Indian Medical Review
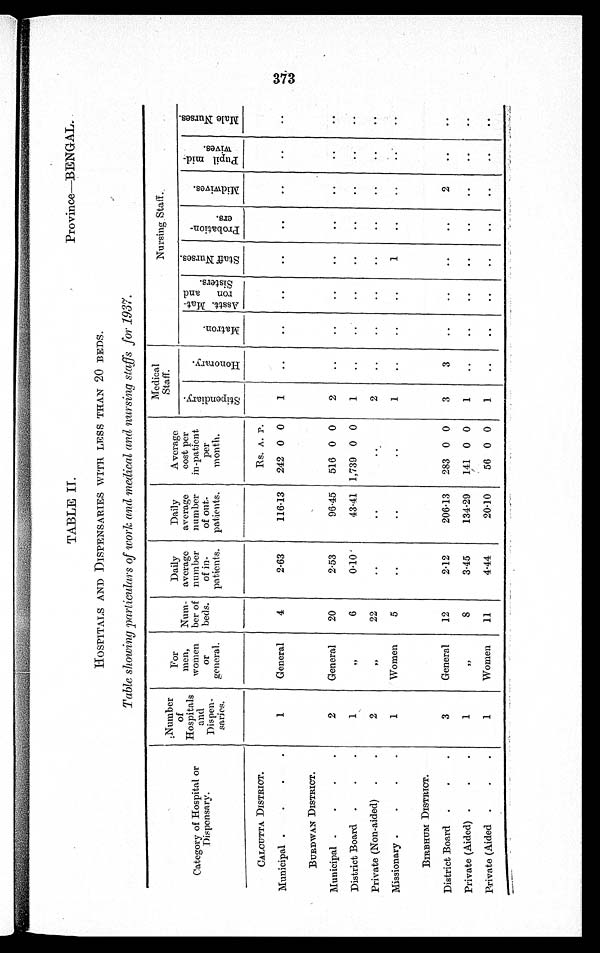
TABLE II.
Province—BENGAL.
HOSPITALS AND DISPENSARIES WITH LESS THAN 20 BEDS.
Table showing particulars of work and medical and nursing staffs for 1937.
Category of Hospital or
Dispensary.
Number
of
Hospitals
and
Dispen-
sarieS.
For
men,
women
or
general.
Num-
ber of
beds.
Daily
average
number
of in-
patients.
Daily
average
number
of out-
patients.
Average
cost per
in-patient
per
month.
Medical
Staff.
Nursing Staff.
St i pendar y.
Ho n o r a r y .
Mat r on.
Asstt. Mat-
ron and
Sisters.
St a f f Nur s e s .
Pr obi t i on-
ers.
Mi d wi v e s
pupil md-
wives.
Mal e Nurses.
CALCUTTA DISTRICT.
R.S. A. P.
Municipal
1
General
4
2·63
116·13
242 0 0
1
..
..
..
..
. .
. .
. .
. .
BURDWAN DISTRICT.
Municipal
2
General
20
2·53
96·45
516 0 0
2
..
..
..
..
..
..
..
..
District Board
1
,,
6
0·10
43·41 1,739 0 0
..
..
..
..
..
..
..
..
Private (Non-aided)
2
,,
22
..
..
. .
2
..
..
..
..
..
..
..
..
Missionary
1
Women
5
..
. .
1
..
..
..
1
..
..
..
..
BIRBHUM DISTRICT.
District Board
3
General
12
2·12
206·13
283 0 0
3
3
..
..
..
..
2
..
..
Private (Aided)
1
, ,
S
3·45
134·29
141 0 0
1
. .
..
..
..
..
. .
..
..
Private (Aided
1
Women
11
4·44
20·10
56 0 0
1.
. .
..
..
..
..
. .
..
. .
CAD